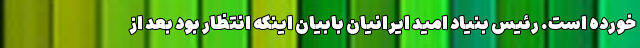
خورده است. رئیس بنیاد امید ایرانیان بابیان اینکه انتظار بود بعد از